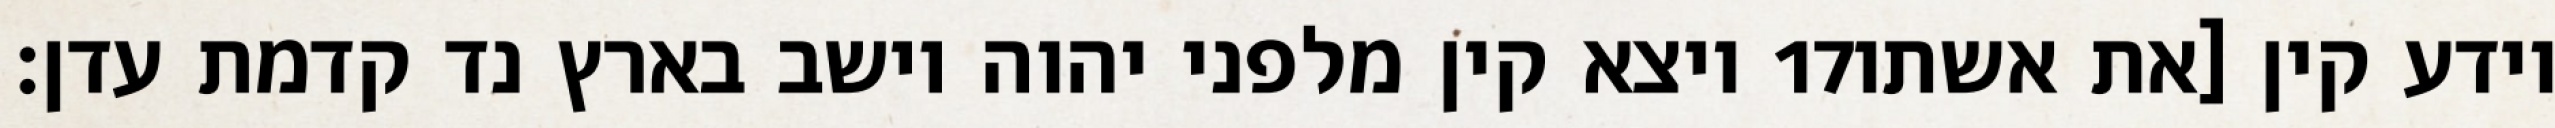
ויצא קין מלפני יהוה וישב בארץ נד קדמת עדן׃ ‎17‏ וידע קין [את אשתו